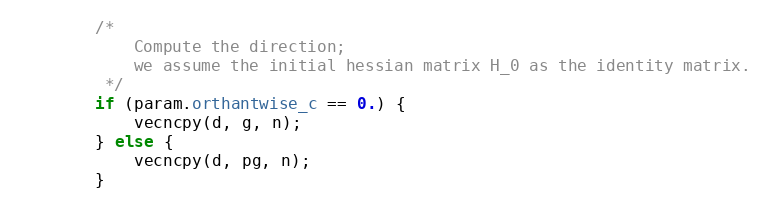
Language: Java
        /*
            Compute the direction;
            we assume the initial hessian matrix H_0 as the identity matrix.
         */
        if (param.orthantwise_c == 0.) {
            vecncpy(d, g, n);
        } else {
            vecncpy(d, pg, n);
        }